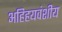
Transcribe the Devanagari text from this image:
अहिहयवंशीय